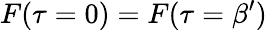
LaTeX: F(\tau=0)=F(\tau=\beta^{\prime})